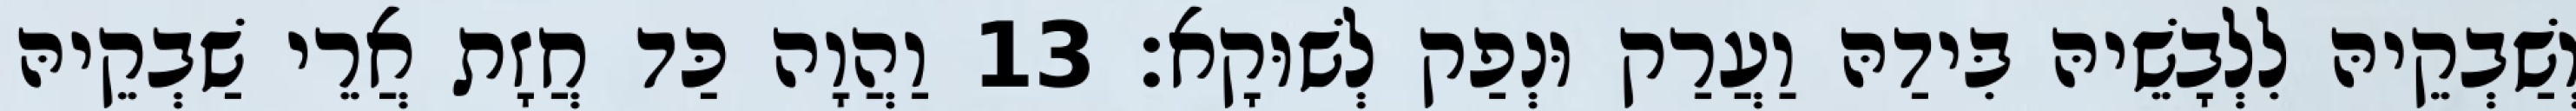
וְשַׁבְקֵיהּ לִלְבָשֵׁיהּ בִּידַהּ וַעֲרַק וּנְפַק לְשׁוּקָא׃ 13 וַהֲוָה כַּד חֲזָת אֲרֵי שַׁבְקֵיהּ